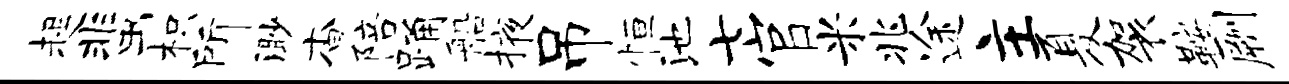
趄蜚枳所渺杳陪踊船掖吊恒池七官米兆途主夏袈鞍劂